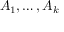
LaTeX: A _ { 1 } , \ldots , A _ { k }